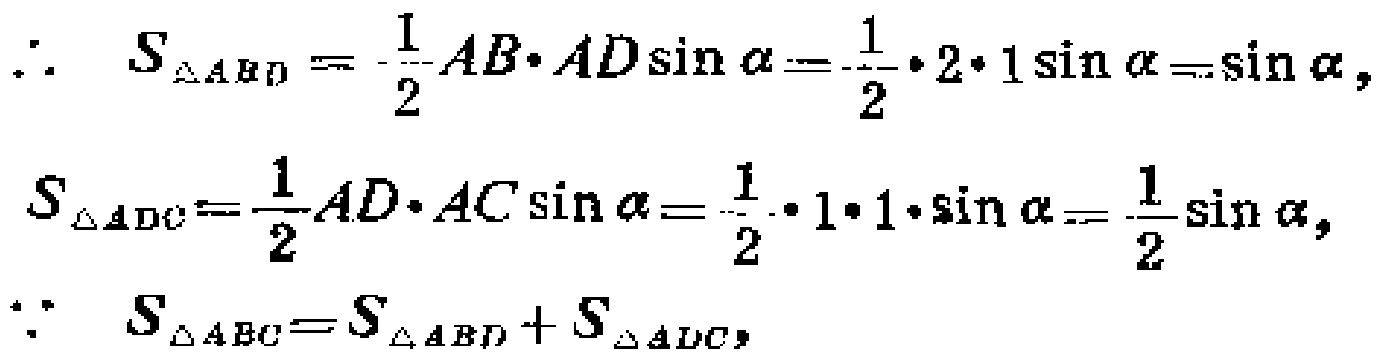
\[
\begin{align*}
\therefore\ S_{\triangle ABD}&=\frac{1}{2}AB\cdot AD\sin\alpha=\frac{1}{2}\cdot2\cdot1\sin\alpha=\sin\alpha,\\
S_{\triangle ADC}&=\frac{1}{2}AD\cdot AC\sin\alpha=\frac{1}{2}\cdot1\cdot1\cdot\sin\alpha=\frac{1}{2}\sin\alpha,\\
\because\ S_{\triangle ABC}&=S_{\triangle ABD}+S_{\triangle ADC},
\end{align*}
\]